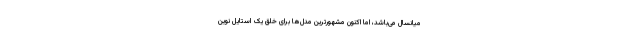
میانسال می‌باشد، اما اکنون مشهورترین مدل‌ها برای خلق یک استایل نوین